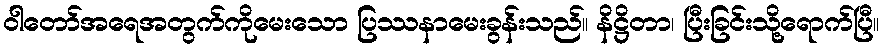
ဝါတော်အရေအတွက်ကိုမေးသော ပြဿနာမေးခွန်းသည်။ နိဋ္ဌိတာ၊ ပြီးခြင်းသို့ရောက်ပြီ။